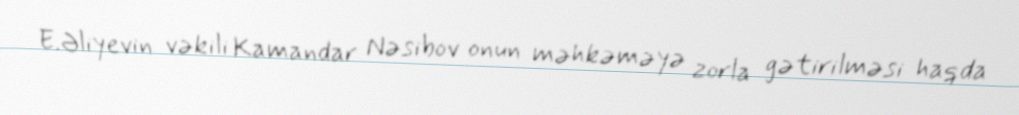
E.Əliyevin vəkili Kamandar Nəsibov onun məhkəməyə zorla gətirilməsi haqda